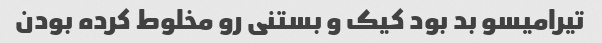
تیرامیسو بد بود کیک و بستنی رو مخلوط کرده بودن